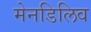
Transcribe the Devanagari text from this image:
मेनडिलिव